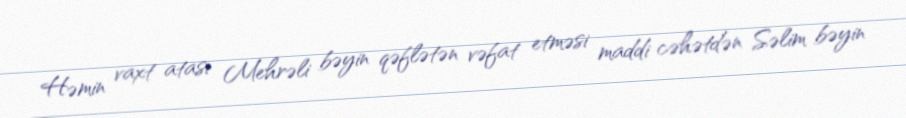
Həmin vaxt atası Mehrəli bəyin qəflətən vəfat etməsi maddi cəhətdən Səlim bəyin